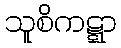
သူစိကဋ္ဋာ